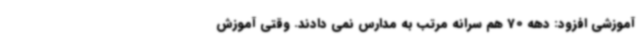
آموزشی افزود: دهه 70 هم سرانه مرتب به مدارس نمی دادند. وقتی آموزش